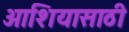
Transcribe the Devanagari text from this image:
आशियासाठी